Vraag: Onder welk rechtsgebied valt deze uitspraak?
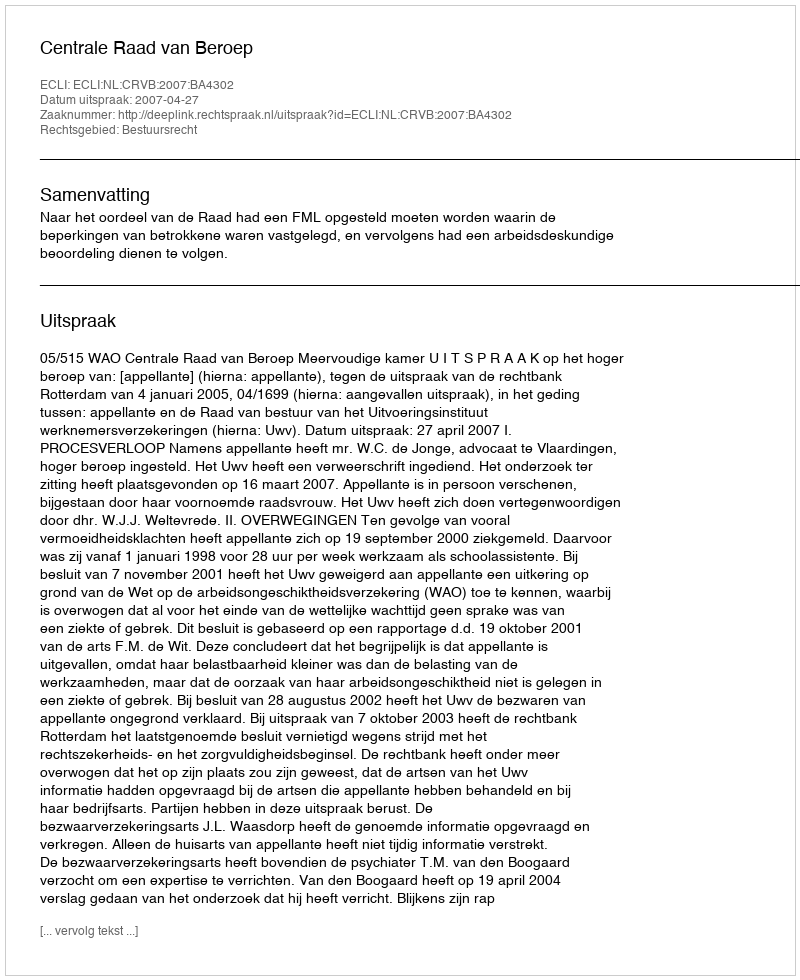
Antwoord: Bestuursrecht